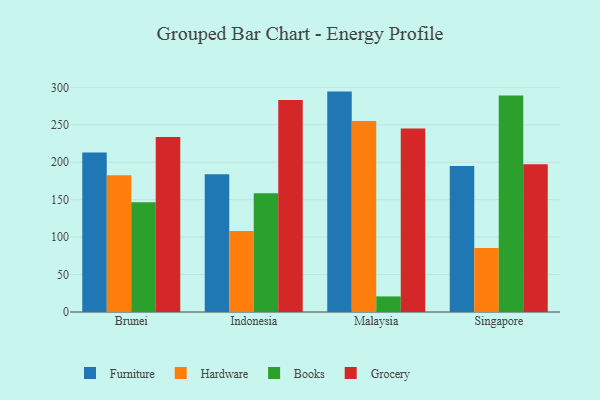
{"axis": {"x": "Country", "y": "Conversion Rate (%)"}, "legend": ["Books", "Furniture", "Grocery", "Hardware"], "data": [{"x": "Brunei", "y": 213.0, "type": "Furniture"}, {"x": "Brunei", "y": 182.5, "type": "Hardware"}, {"x": "Brunei", "y": 146.5, "type": "Books"}, {"x": "Brunei", "y": 233.7, "type": "Grocery"}, {"x": "Indonesia", "y": 183.9, "type": "Furniture"}, {"x": "Indonesia", "y": 108.2, "type": "Hardware"}, {"x": "Indonesia", "y": 158.4, "type": "Books"}, {"x": "Indonesia", "y": 283.0, "type": "Grocery"}, {"x": "Malaysia", "y": 294.3, "type": "Furniture"}, {"x": "Malaysia", "y": 255.2, "type": "Hardware"}, {"x": "Malaysia", "y": 20.8, "type": "Books"}, {"x": "Malaysia", "y": 245.0, "type": "Grocery"}, {"x": "Singapore", "y": 195.1, "type": "Furniture"}, {"x": "Singapore", "y": 85.5, "type": "Hardware"}, {"x": "Singapore", "y": 289.0, "type": "Books"}, {"x": "Singapore", "y": 197.2, "type": "Grocery"}]}